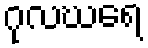
ဂုလဃရေ